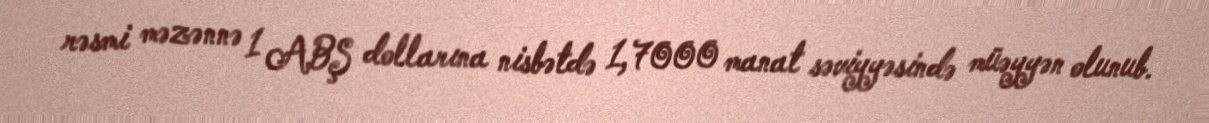
rəsmi məzənnə 1 ABŞ dollarına nisbətdə 1,7000 manat səviyyəsində müəyyən olunub.